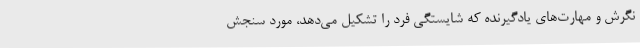
نگرش و مهارت‌های یادگیرنده که شایستگی فرد را تشکیل می‌دهد، مورد سنجش